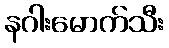
နဂါးမောက်သီး